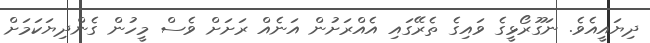
ދިޔައީއެވެ. ނަގޫރޯޅީގެ ވައިގެ ތެރޭގައި އެއްރަށުން އަނެއް ރަށަށް ވެސް މީހުން ގެންދިޔަކަމަށް